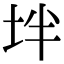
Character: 坢